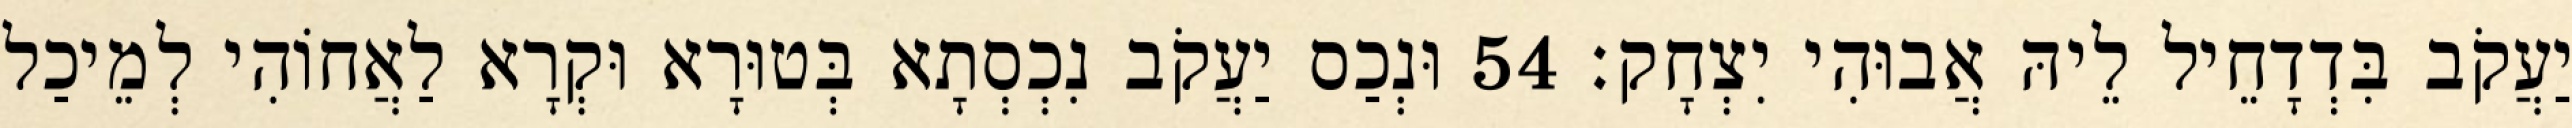
יַעֲקֹב בִּדְדָחֵיל לֵיהּ אֲבוּהִי יִצְחָק׃ 54 וּנְכַס יַעֲקֹב נִכְסְתָא בְּטוּרָא וּקְרָא לַאֲחוֹהִי לְמֵיכַל